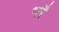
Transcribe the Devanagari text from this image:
भरै